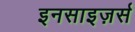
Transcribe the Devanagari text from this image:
इनसाइज़र्स